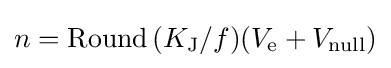
n=\operatorname {Round} {(K_{\text{J}}/f)(V_{\text{e}}+V_{\text{null}})}